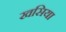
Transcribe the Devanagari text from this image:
खसिया